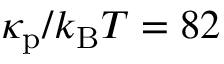
\kappa _ { \mathrm { p } } / k _ { \mathrm { B } } T = 8 2